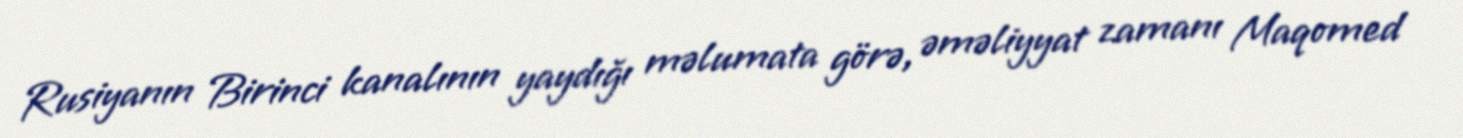
Rusiyanın Birinci kanalının yaydığı məlumata görə, əməliyyat zamanı Maqomed